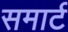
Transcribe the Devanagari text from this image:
समार्ट